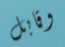
وقابل